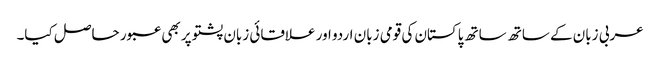
عربی زبان کے ساتھ ساتھ پاکستان کی قومی زبان اردو اور علاقائی زبان پشتو پر بھی عبور حاصل کیا۔